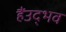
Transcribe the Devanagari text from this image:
हैंउद्भव